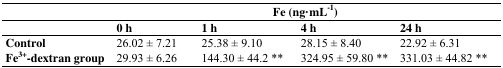
<table><thead><tr><td>[EMPTY_CELL]</td><td colspan="4"><b>Fe (ng·mL<sup>−1</sup>)</b></td></tr><tr><td>[EMPTY_CELL]</td><td><b>0 h</b></td><td><b>1 h</b></td><td><b>4 h</b></td><td><b>24 h</b></td></tr></thead><tbody><tr><td><b>Control</b></td><td>26.02 ± 7.21</td><td>25.38 ± 9.10</td><td>28.15 ± 8.40</td><td>22.92 ± 6.31</td></tr><tr><td><b>Fe<sup>3+</sup>-dextran group</b></td><td>29.93 ± 6.26</td><td>144.30 ± 44.2 **</td><td>324.95 ± 59.80 **</td><td>331.03 ± 44.82 **</td></tr></tbody></table>